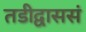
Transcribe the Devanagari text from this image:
तडीद्वाससं